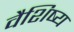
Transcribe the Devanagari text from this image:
वैशिष्य